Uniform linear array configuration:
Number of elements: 12
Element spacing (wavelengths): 0.75
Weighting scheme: cosine
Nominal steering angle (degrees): -60
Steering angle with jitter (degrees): -60.562
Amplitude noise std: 0.05
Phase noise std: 0.05

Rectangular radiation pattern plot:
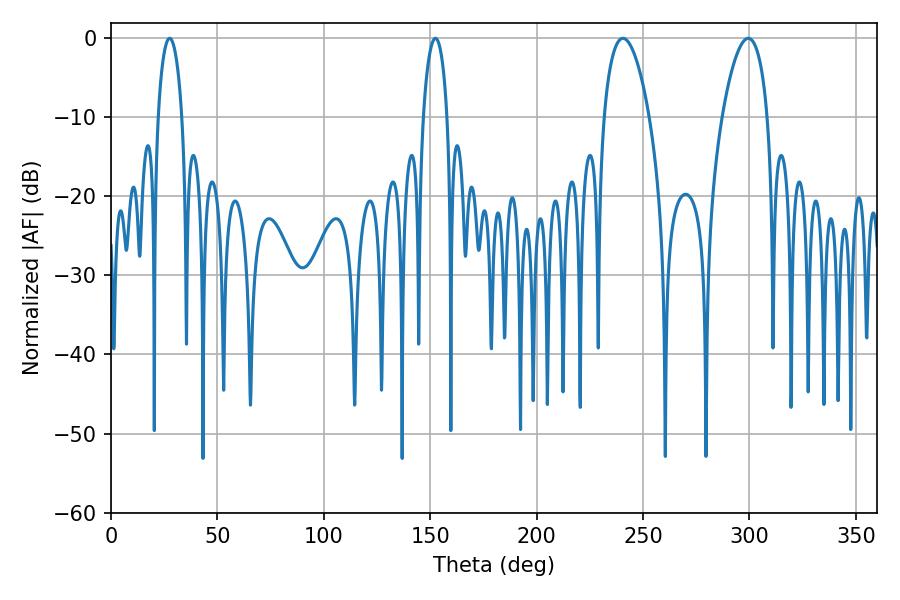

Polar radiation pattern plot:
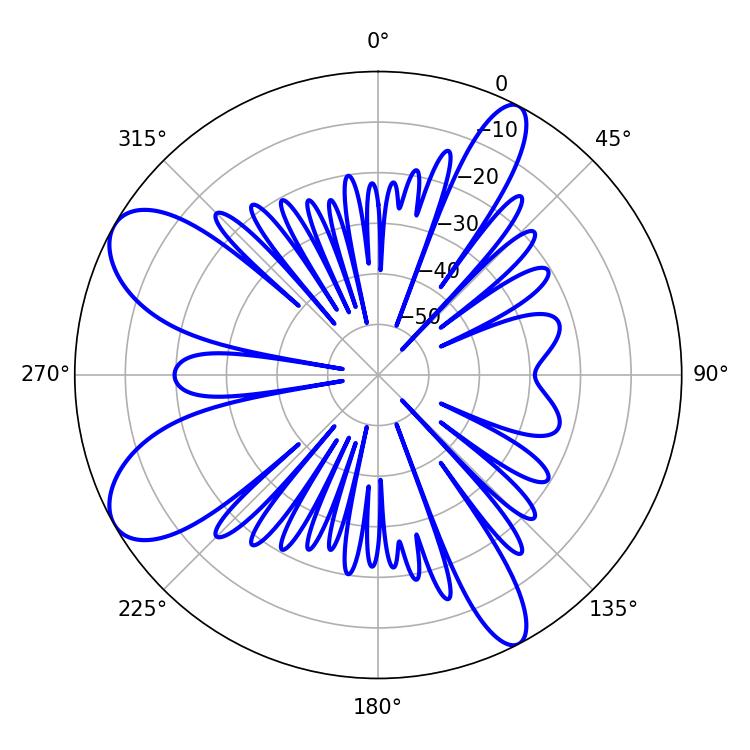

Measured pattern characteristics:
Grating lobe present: TRUE
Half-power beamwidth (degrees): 6.3
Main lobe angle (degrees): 27.54